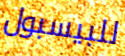
للبيسبول